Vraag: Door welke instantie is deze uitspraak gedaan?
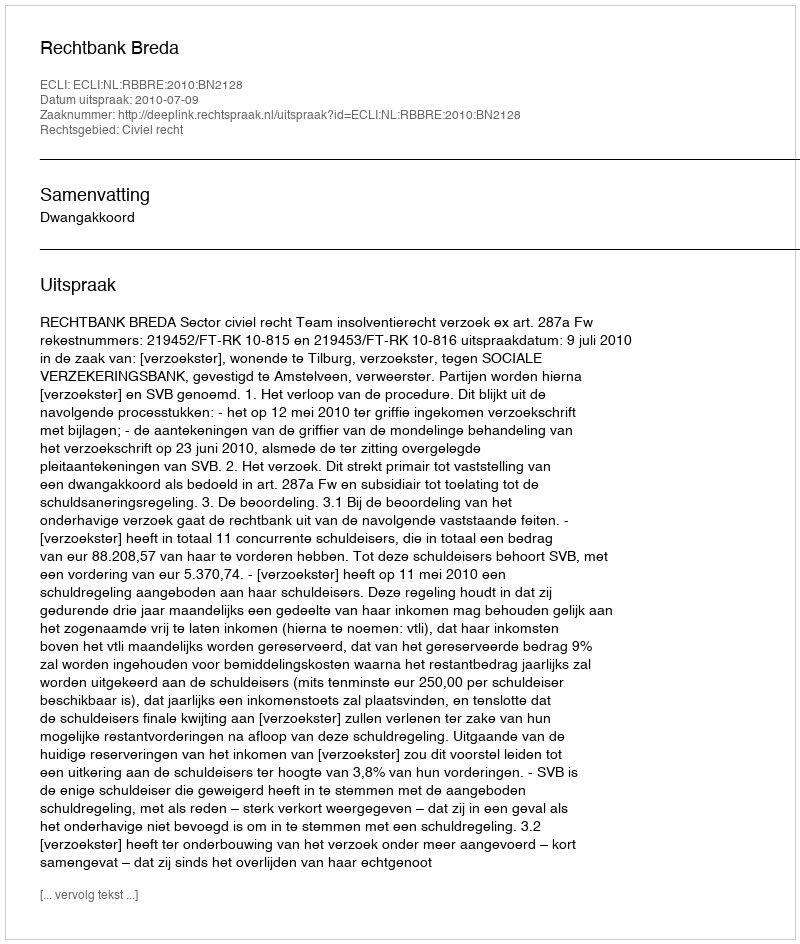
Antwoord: Rechtbank Breda